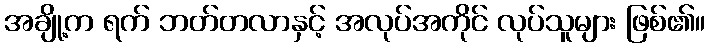
အချို့က ရက် ဘတ်တလာနှင့် အလုပ်အကိုင် လုပ်သူများ ဖြစ်၏။